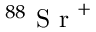
^ { 8 8 } \mathrm { ~ S ~ r ~ } ^ { + }